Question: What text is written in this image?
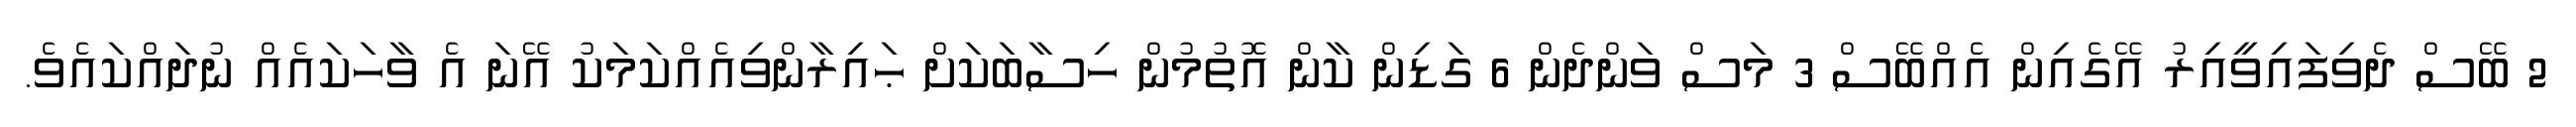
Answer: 2 ބޭސް ދެވިފައިވީއިރު އޭގެއިން އެއްބޭސް 3 މަސް ވަންދެން 6 ގަޑިން ކާން އޮތުމުން ހިސާބަކަށް ޙައިރާންވިއެއްކަމަކު އޭނަ އެ ވާހަކައެއް ނުދައްކައެވެ.